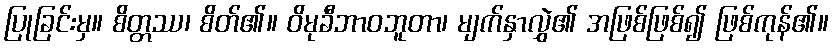
ပြုခြင်းမှ။ စိတ္တဿ၊ စိတ်၏။ ဝိမုခီဘာဝဘူတာ၊ မျက်နှာလွှဲ၏ အဖြစ်ဖြစ်၍ ဖြစ်ကုန်၏။